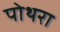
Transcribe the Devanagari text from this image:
पोथरा